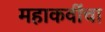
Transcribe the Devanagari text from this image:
महाकवींचा